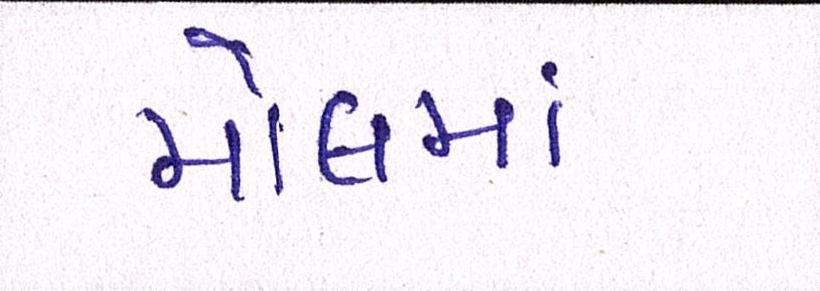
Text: મોલમાં